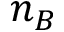
n _ { B }